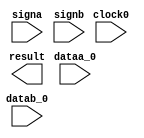
// megafunction wizard: %ALTMULT_ADD%VBB%
// GENERATION: STANDARD
// VERSION: WM1.0
// MODULE: ALTMULT_ADD 

// ============================================================
// Megafunction Name(s):
// 			ALTMULT_ADD
//
// Simulation Library Files(s):
// 			altera_mf
// ============================================================
// ************************************************************
// THIS IS A WIZARD-GENERATED FILE. DO NOT EDIT THIS FILE!
//
// 13.1.0 Build 162 10/23/2013 SJ Web Edition
// ************************************************************

//Copyright (C) 1991-2013 Altera Corporation
//Your use of Altera Corporation's design tools, logic functions 
//and other software and tools, and its AMPP partner logic 
//functions, and any output files from any of the foregoing 
//(including device programming or simulation files), and any 
//associated documentation or information are expressly subject 
//to the terms and conditions of the Altera Program License 
//Subscription Agreement, Altera MegaCore Function License 
//Agreement, or other applicable license agreement, including, 
//without limitation, that your use is for the sole purpose of 
//programming logic devices manufactured by Altera and sold by 
//Altera or its authorized distributors.  Please refer to the 
//applicable agreement for further details.

module ALTMULT_ADD32 (
	clock0,
	dataa_0,
	datab_0,
	signa,
	signb,
	result);

	input	  clock0;
	input	[31:0]  dataa_0;
	input	[31:0]  datab_0;
	input	  signa;
	input	  signb;
	output	[63:0]  result;
`ifndef ALTERA_RESERVED_QIS
// synopsys translate_off
`endif
	tri1	  clock0;
	tri0	[31:0]  dataa_0;
	tri0	[31:0]  datab_0;
	tri0	  signa;
	tri0	  signb;
`ifndef ALTERA_RESERVED_QIS
// synopsys translate_on
`endif

endmodule

// ============================================================
// CNX file retrieval info
// ============================================================
// Retrieval info: PRIVATE: ADDER1_ROUND_ACLR_SRC NUMERIC "3"
// Retrieval info: PRIVATE: ADDER1_ROUND_CLK_SRC NUMERIC "0"
// Retrieval info: PRIVATE: ADDER1_ROUND_OP STRING "Enabled"
// Retrieval info: PRIVATE: ADDER1_ROUND_PIPE_ACLR_SRC NUMERIC "3"
// Retrieval info: PRIVATE: ADDER1_ROUND_PIPE_CLK_SRC NUMERIC "0"
// Retrieval info: PRIVATE: ADDER1_ROUND_PIPE_REG STRING "0"
// Retrieval info: PRIVATE: ADDER1_ROUND_REG STRING "0"
// Retrieval info: PRIVATE: ADDER1_SAT_ACLR_SRC NUMERIC "3"
// Retrieval info: PRIVATE: ADDER1_SAT_CLK_SRC NUMERIC "0"
// Retrieval info: PRIVATE: ADDER1_SAT_OP STRING "Enabled"
// Retrieval info: PRIVATE: ADDER1_SAT_OVERFLOW_OUT NUMERIC "0"
// Retrieval info: PRIVATE: ADDER1_SAT_PIPE_ACLR_SRC NUMERIC "3"
// Retrieval info: PRIVATE: ADDER1_SAT_PIPE_CLK_SRC NUMERIC "0"
// Retrieval info: PRIVATE: ADDER1_SAT_PIPE_REG STRING "0"
// Retrieval info: PRIVATE: ADDER1_SAT_REG STRING "0"
// Retrieval info: PRIVATE: ADDER3_ROUND_ACLR_SRC NUMERIC "3"
// Retrieval info: PRIVATE: ADDER3_ROUND_CLK_SRC NUMERIC "0"
// Retrieval info: PRIVATE: ADDER3_ROUND_OP STRING "Enabled"
// Retrieval info: PRIVATE: ADDER3_ROUND_PIPE_ACLR_SRC NUMERIC "3"
// Retrieval info: PRIVATE: ADDER3_ROUND_PIPE_CLK_SRC NUMERIC "0"
// Retrieval info: PRIVATE: ADDER3_ROUND_PIPE_REG STRING "0"
// Retrieval info: PRIVATE: ADDER3_ROUND_REG STRING "0"
// Retrieval info: PRIVATE: ADDNSUB1_ACLR_SRC NUMERIC "3"
// Retrieval info: PRIVATE: ADDNSUB1_CLK_SRC NUMERIC "0"
// Retrieval info: PRIVATE: ADDNSUB1_PIPE_ACLR_SRC NUMERIC "3"
// Retrieval info: PRIVATE: ADDNSUB1_PIPE_CLK_SRC NUMERIC "0"
// Retrieval info: PRIVATE: ADDNSUB1_PIPE_REG STRING "0"
// Retrieval info: PRIVATE: ADDNSUB1_REG STRING "0"
// Retrieval info: PRIVATE: ADDNSUB3_ACLR_SRC NUMERIC "3"
// Retrieval info: PRIVATE: ADDNSUB3_CLK_SRC NUMERIC "0"
// Retrieval info: PRIVATE: ADDNSUB3_PIPE_ACLR_SRC NUMERIC "3"
// Retrieval info: PRIVATE: ADDNSUB3_PIPE_CLK_SRC NUMERIC "0"
// Retrieval info: PRIVATE: ADDNSUB3_PIPE_REG STRING "0"
// Retrieval info: PRIVATE: ADDNSUB3_REG STRING "0"
// Retrieval info: PRIVATE: ADD_ENABLE NUMERIC "0"
// Retrieval info: PRIVATE: ALL_REG_ACLR NUMERIC "0"
// Retrieval info: PRIVATE: A_ACLR_SRC_MULT0 NUMERIC "3"
// Retrieval info: PRIVATE: A_CLK_SRC_MULT0 NUMERIC "0"
// Retrieval info: PRIVATE: B_ACLR_SRC_MULT0 NUMERIC "3"
// Retrieval info: PRIVATE: B_CLK_SRC_MULT0 NUMERIC "0"
// Retrieval info: PRIVATE: HAS_MAC STRING "0"
// Retrieval info: PRIVATE: HAS_SAT_ROUND STRING "0"
// Retrieval info: PRIVATE: IMPL_STYLE_DEDICATED NUMERIC "1"
// Retrieval info: PRIVATE: IMPL_STYLE_DEFAULT NUMERIC "0"
// Retrieval info: PRIVATE: IMPL_STYLE_LCELL NUMERIC "0"
// Retrieval info: PRIVATE: INTENDED_DEVICE_FAMILY STRING "Cyclone III"
// Retrieval info: PRIVATE: MULT01_ROUND_ACLR_SRC NUMERIC "3"
// Retrieval info: PRIVATE: MULT01_ROUND_CLK_SRC NUMERIC "0"
// Retrieval info: PRIVATE: MULT01_ROUND_OP STRING "Enabled"
// Retrieval info: PRIVATE: MULT01_ROUND_PIPE_ACLR_SRC NUMERIC "3"
// Retrieval info: PRIVATE: MULT01_ROUND_PIPE_CLK_SRC NUMERIC "0"
// Retrieval info: PRIVATE: MULT01_ROUND_PIPE_REG STRING "0"
// Retrieval info: PRIVATE: MULT01_ROUND_REG STRING "0"
// Retrieval info: PRIVATE: MULT01_SAT_ACLR_SRC NUMERIC "3"
// Retrieval info: PRIVATE: MULT01_SAT_CLK_SRC NUMERIC "0"
// Retrieval info: PRIVATE: MULT01_SAT_OP STRING "Enabled"
// Retrieval info: PRIVATE: MULT01_SAT_PIPE_ACLR_SRC NUMERIC "3"
// Retrieval info: PRIVATE: MULT01_SAT_PIPE_CLK_SRC NUMERIC "0"
// Retrieval info: PRIVATE: MULT01_SAT_PIPE_REG STRING "0"
// Retrieval info: PRIVATE: MULT01_SAT_REG STRING "0"
// Retrieval info: PRIVATE: MULT0_SAT_OVERFLOW_OUT NUMERIC "0"
// Retrieval info: PRIVATE: MULT1_SAT_OVERFLOW_OUT NUMERIC "0"
// Retrieval info: PRIVATE: MULT23_ROUND_ACLR_SRC NUMERIC "3"
// Retrieval info: PRIVATE: MULT23_ROUND_CLK_SRC NUMERIC "0"
// Retrieval info: PRIVATE: MULT23_ROUND_OP STRING "Enabled"
// Retrieval info: PRIVATE: MULT23_ROUND_PIPE_ACLR_SRC NUMERIC "3"
// Retrieval info: PRIVATE: MULT23_ROUND_PIPE_CLK_SRC NUMERIC "0"
// Retrieval info: PRIVATE: MULT23_ROUND_PIPE_REG STRING "0"
// Retrieval info: PRIVATE: MULT23_ROUND_REG STRING "0"
// Retrieval info: PRIVATE: MULT23_SAT_ACLR_SRC NUMERIC "3"
// Retrieval info: PRIVATE: MULT23_SAT_CLK_SRC NUMERIC "0"
// Retrieval info: PRIVATE: MULT23_SAT_OP STRING "Enabled"
// Retrieval info: PRIVATE: MULT23_SAT_PIPE_ACLR_SRC NUMERIC "3"
// Retrieval info: PRIVATE: MULT23_SAT_PIPE_CLK_SRC NUMERIC "0"
// Retrieval info: PRIVATE: MULT23_SAT_PIPE_REG STRING "0"
// Retrieval info: PRIVATE: MULT23_SAT_REG STRING "0"
// Retrieval info: PRIVATE: MULT2_SAT_OVERFLOW_OUT NUMERIC "0"
// Retrieval info: PRIVATE: MULT3_SAT_OVERFLOW_OUT NUMERIC "0"
// Retrieval info: PRIVATE: MULT_REGA0 NUMERIC "0"
// Retrieval info: PRIVATE: MULT_REGB0 NUMERIC "0"
// Retrieval info: PRIVATE: MULT_REGOUT0 NUMERIC "0"
// Retrieval info: PRIVATE: NUM_MULT STRING "1"
// Retrieval info: PRIVATE: OP1 STRING "Add"
// Retrieval info: PRIVATE: OP3 STRING "Add"
// Retrieval info: PRIVATE: OUTPUT_EXTRA_LAT NUMERIC "0"
// Retrieval info: PRIVATE: OUTPUT_REG_ACLR_SRC NUMERIC "3"
// Retrieval info: PRIVATE: OUTPUT_REG_CLK_SRC NUMERIC "0"
// Retrieval info: PRIVATE: Q_ACLR_SRC_MULT0 NUMERIC "3"
// Retrieval info: PRIVATE: Q_CLK_SRC_MULT0 NUMERIC "0"
// Retrieval info: PRIVATE: REG_OUT NUMERIC "0"
// Retrieval info: PRIVATE: RNFORMAT STRING "64"
// Retrieval info: PRIVATE: RQFORMAT STRING "Q1.15"
// Retrieval info: PRIVATE: RTS_WIDTH STRING "64"
// Retrieval info: PRIVATE: SAME_CONFIG NUMERIC "1"
// Retrieval info: PRIVATE: SAME_CONTROL_SRC_A0 NUMERIC "1"
// Retrieval info: PRIVATE: SAME_CONTROL_SRC_B0 NUMERIC "1"
// Retrieval info: PRIVATE: SCANOUTA NUMERIC "0"
// Retrieval info: PRIVATE: SCANOUTB NUMERIC "0"
// Retrieval info: PRIVATE: SHIFTOUTA_ACLR_SRC NUMERIC "3"
// Retrieval info: PRIVATE: SHIFTOUTA_CLK_SRC NUMERIC "0"
// Retrieval info: PRIVATE: SHIFTOUTA_REG STRING "0"
// Retrieval info: PRIVATE: SIGNA STRING "VARIABLE"
// Retrieval info: PRIVATE: SIGNA_ACLR_SRC NUMERIC "3"
// Retrieval info: PRIVATE: SIGNA_CLK_SRC NUMERIC "0"
// Retrieval info: PRIVATE: SIGNA_PIPE_ACLR_SRC NUMERIC "3"
// Retrieval info: PRIVATE: SIGNA_PIPE_CLK_SRC NUMERIC "0"
// Retrieval info: PRIVATE: SIGNA_PIPE_REG STRING "0"
// Retrieval info: PRIVATE: SIGNA_REG STRING "0"
// Retrieval info: PRIVATE: SIGNB STRING "VARIABLE"
// Retrieval info: PRIVATE: SIGNB_ACLR_SRC NUMERIC "3"
// Retrieval info: PRIVATE: SIGNB_CLK_SRC NUMERIC "0"
// Retrieval info: PRIVATE: SIGNB_PIPE_ACLR_SRC NUMERIC "3"
// Retrieval info: PRIVATE: SIGNB_PIPE_CLK_SRC NUMERIC "0"
// Retrieval info: PRIVATE: SIGNB_PIPE_REG STRING "0"
// Retrieval info: PRIVATE: SIGNB_REG STRING "0"
// Retrieval info: PRIVATE: SRCA0 STRING "Multiplier input"
// Retrieval info: PRIVATE: SRCB0 STRING "Multiplier input"
// Retrieval info: PRIVATE: SYNTH_WRAPPER_GEN_POSTFIX STRING "1"
// Retrieval info: PRIVATE: WIDTHA STRING "32"
// Retrieval info: PRIVATE: WIDTHB STRING "32"
// Retrieval info: LIBRARY: altera_mf altera_mf.altera_mf_components.all
// Retrieval info: CONSTANT: ADDNSUB_MULTIPLIER_PIPELINE_REGISTER1 STRING "UNREGISTERED"
// Retrieval info: CONSTANT: ADDNSUB_MULTIPLIER_REGISTER1 STRING "UNREGISTERED"
// Retrieval info: CONSTANT: DEDICATED_MULTIPLIER_CIRCUITRY STRING "YES"
// Retrieval info: CONSTANT: INPUT_REGISTER_A0 STRING "UNREGISTERED"
// Retrieval info: CONSTANT: INPUT_REGISTER_B0 STRING "UNREGISTERED"
// Retrieval info: CONSTANT: INPUT_SOURCE_A0 STRING "DATAA"
// Retrieval info: CONSTANT: INPUT_SOURCE_B0 STRING "DATAB"
// Retrieval info: CONSTANT: INTENDED_DEVICE_FAMILY STRING "Cyclone III"
// Retrieval info: CONSTANT: LPM_TYPE STRING "altmult_add"
// Retrieval info: CONSTANT: MULTIPLIER1_DIRECTION STRING "ADD"
// Retrieval info: CONSTANT: MULTIPLIER_REGISTER0 STRING "UNREGISTERED"
// Retrieval info: CONSTANT: NUMBER_OF_MULTIPLIERS NUMERIC "1"
// Retrieval info: CONSTANT: OUTPUT_REGISTER STRING "UNREGISTERED"
// Retrieval info: CONSTANT: PORT_ADDNSUB1 STRING "PORT_UNUSED"
// Retrieval info: CONSTANT: PORT_SIGNA STRING "PORT_USED"
// Retrieval info: CONSTANT: PORT_SIGNB STRING "PORT_USED"
// Retrieval info: CONSTANT: SIGNED_PIPELINE_REGISTER_A STRING "UNREGISTERED"
// Retrieval info: CONSTANT: SIGNED_PIPELINE_REGISTER_B STRING "UNREGISTERED"
// Retrieval info: CONSTANT: SIGNED_REGISTER_A STRING "UNREGISTERED"
// Retrieval info: CONSTANT: SIGNED_REGISTER_B STRING "UNREGISTERED"
// Retrieval info: CONSTANT: WIDTH_A NUMERIC "32"
// Retrieval info: CONSTANT: WIDTH_B NUMERIC "32"
// Retrieval info: CONSTANT: WIDTH_RESULT NUMERIC "64"
// Retrieval info: USED_PORT: clock0 0 0 0 0 INPUT VCC "clock0"
// Retrieval info: USED_PORT: dataa_0 0 0 32 0 INPUT GND "dataa_0[31..0]"
// Retrieval info: USED_PORT: datab_0 0 0 32 0 INPUT GND "datab_0[31..0]"
// Retrieval info: USED_PORT: result 0 0 64 0 OUTPUT GND "result[63..0]"
// Retrieval info: USED_PORT: signa 0 0 0 0 INPUT GND "signa"
// Retrieval info: USED_PORT: signb 0 0 0 0 INPUT GND "signb"
// Retrieval info: CONNECT: @clock0 0 0 0 0 clock0 0 0 0 0
// Retrieval info: CONNECT: @dataa 0 0 32 0 dataa_0 0 0 32 0
// Retrieval info: CONNECT: @datab 0 0 32 0 datab_0 0 0 32 0
// Retrieval info: CONNECT: @signa 0 0 0 0 signa 0 0 0 0
// Retrieval info: CONNECT: @signb 0 0 0 0 signb 0 0 0 0
// Retrieval info: CONNECT: result 0 0 64 0 @result 0 0 64 0
// Retrieval info: GEN_FILE: TYPE_NORMAL ALTMULT_ADD32.v TRUE
// Retrieval info: GEN_FILE: TYPE_NORMAL ALTMULT_ADD32.inc FALSE
// Retrieval info: GEN_FILE: TYPE_NORMAL ALTMULT_ADD32.cmp FALSE
// Retrieval info: GEN_FILE: TYPE_NORMAL ALTMULT_ADD32.bsf TRUE
// Retrieval info: GEN_FILE: TYPE_NORMAL ALTMULT_ADD32_inst.v TRUE
// Retrieval info: GEN_FILE: TYPE_NORMAL ALTMULT_ADD32_bb.v TRUE
// Retrieval info: GEN_FILE: TYPE_NORMAL ALTMULT_ADD32_syn.v TRUE
// Retrieval info: LIB_FILE: altera_mf